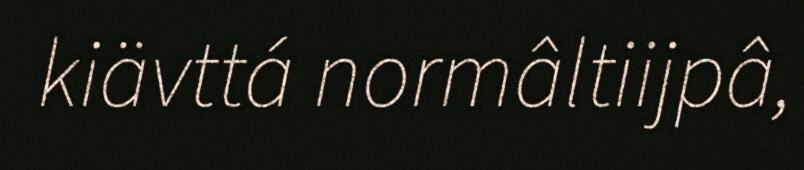
kiävttá normâltiijpâ,